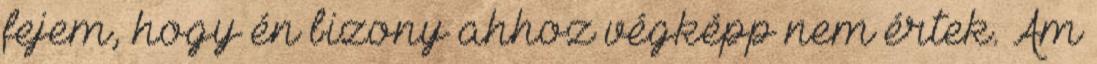
fejem, hogy én bizony ahhoz végképp nem értek. Ám